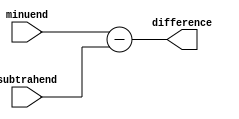
module subtractor (
    input wire [3:0] minuend,
    input wire [3:0] subtrahend,
    output wire [3:0] difference
);

assign difference = minuend - subtrahend;

endmodule